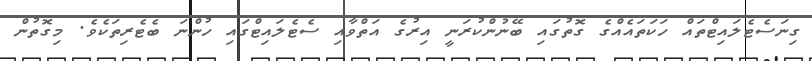
ގިނަސެޓެލައިޓްތައް ހަކަތައެއްގެ ގޮތުގައި ބޭނުންކުރަނީ އިރުގެ އަތްވާއި ސެޓެލައިޓްގައި ހުންނަ ބެޓެރިތަކެވެ. މިގޮތުން